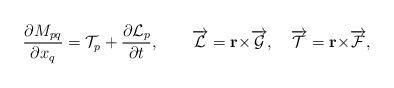
LaTeX: \begin{align*}\frac{\partial M_{pq}}{\partial x_{q}}=\mathcal{T}_{p}+\frac{\partial\mathcal{L}_{p}}{\partial t},\qquad\overrightarrow{\mathcal{L}}=\mathbf{r\times}\overrightarrow{\mathcal{G}},\quad\overrightarrow{\mathcal{T}}=\mathbf{r\times}\overrightarrow{\mathcal{F}},\end{align*}